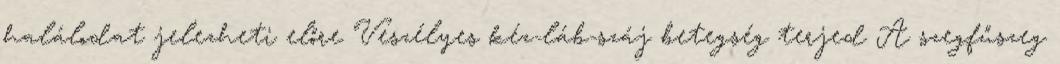
halálodat jelezheti előre Veszélyes kéz-láb-száj betegség terjed A szegfűszeg